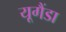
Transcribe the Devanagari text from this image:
यूगैंडा